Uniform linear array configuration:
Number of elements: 16
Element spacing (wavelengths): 0.75
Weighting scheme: cosine
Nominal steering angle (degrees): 15
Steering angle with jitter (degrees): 16.989
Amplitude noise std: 0.05
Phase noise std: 0.05

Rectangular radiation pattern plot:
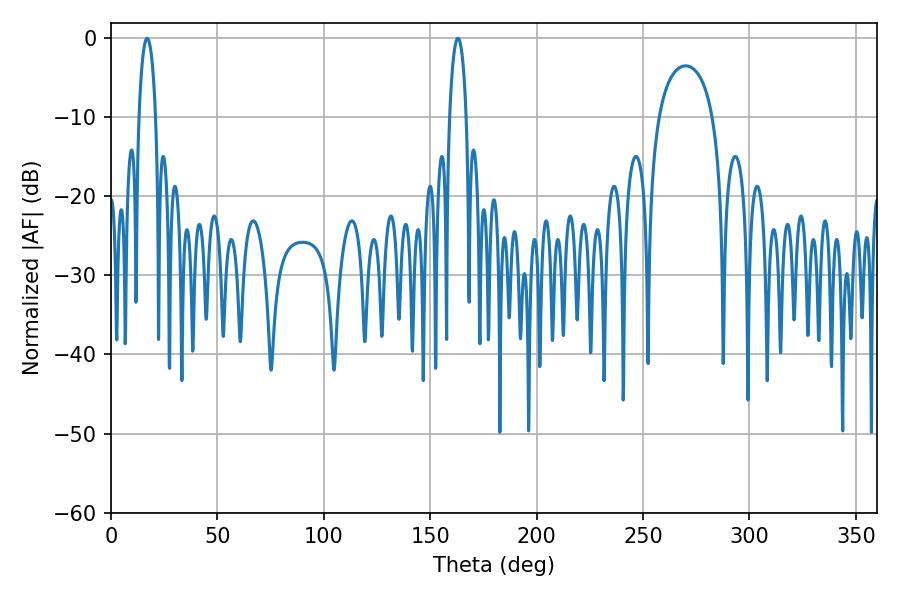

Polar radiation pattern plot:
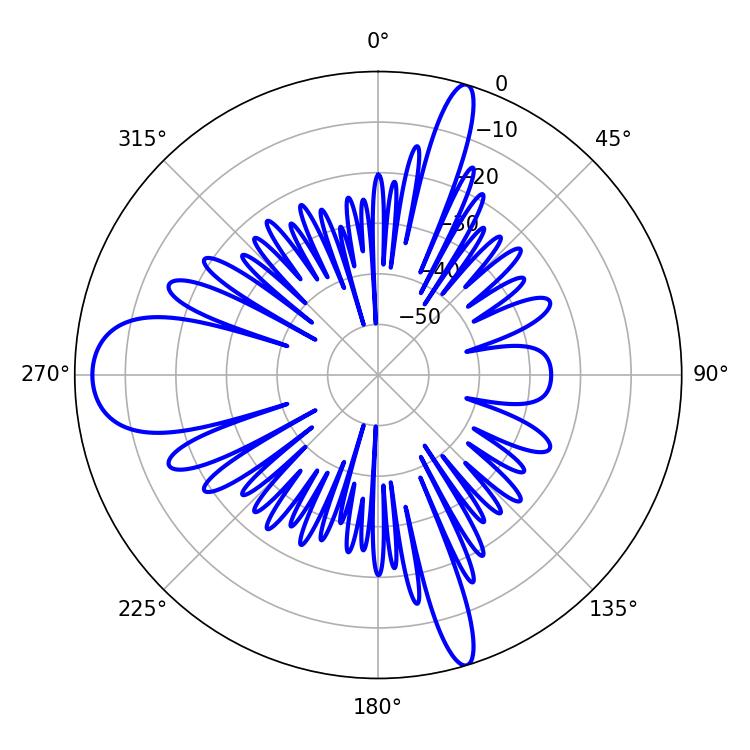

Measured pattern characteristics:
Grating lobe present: TRUE
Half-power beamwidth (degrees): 4.5
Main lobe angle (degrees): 16.92